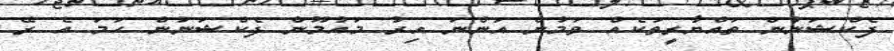
ފެކްޝަނުން ތައްޔާރީތަކެއް ވަމުން އަންނަ އިރު މައުމޫން ފެކްޝަނުން ހަމަ އެ ރޭ